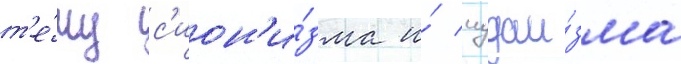
т'е́му с'ион'и́зма и́ иудаи́зма